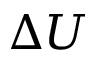
\Delta U